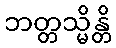
ဘတ္တသ္မိန္တိ